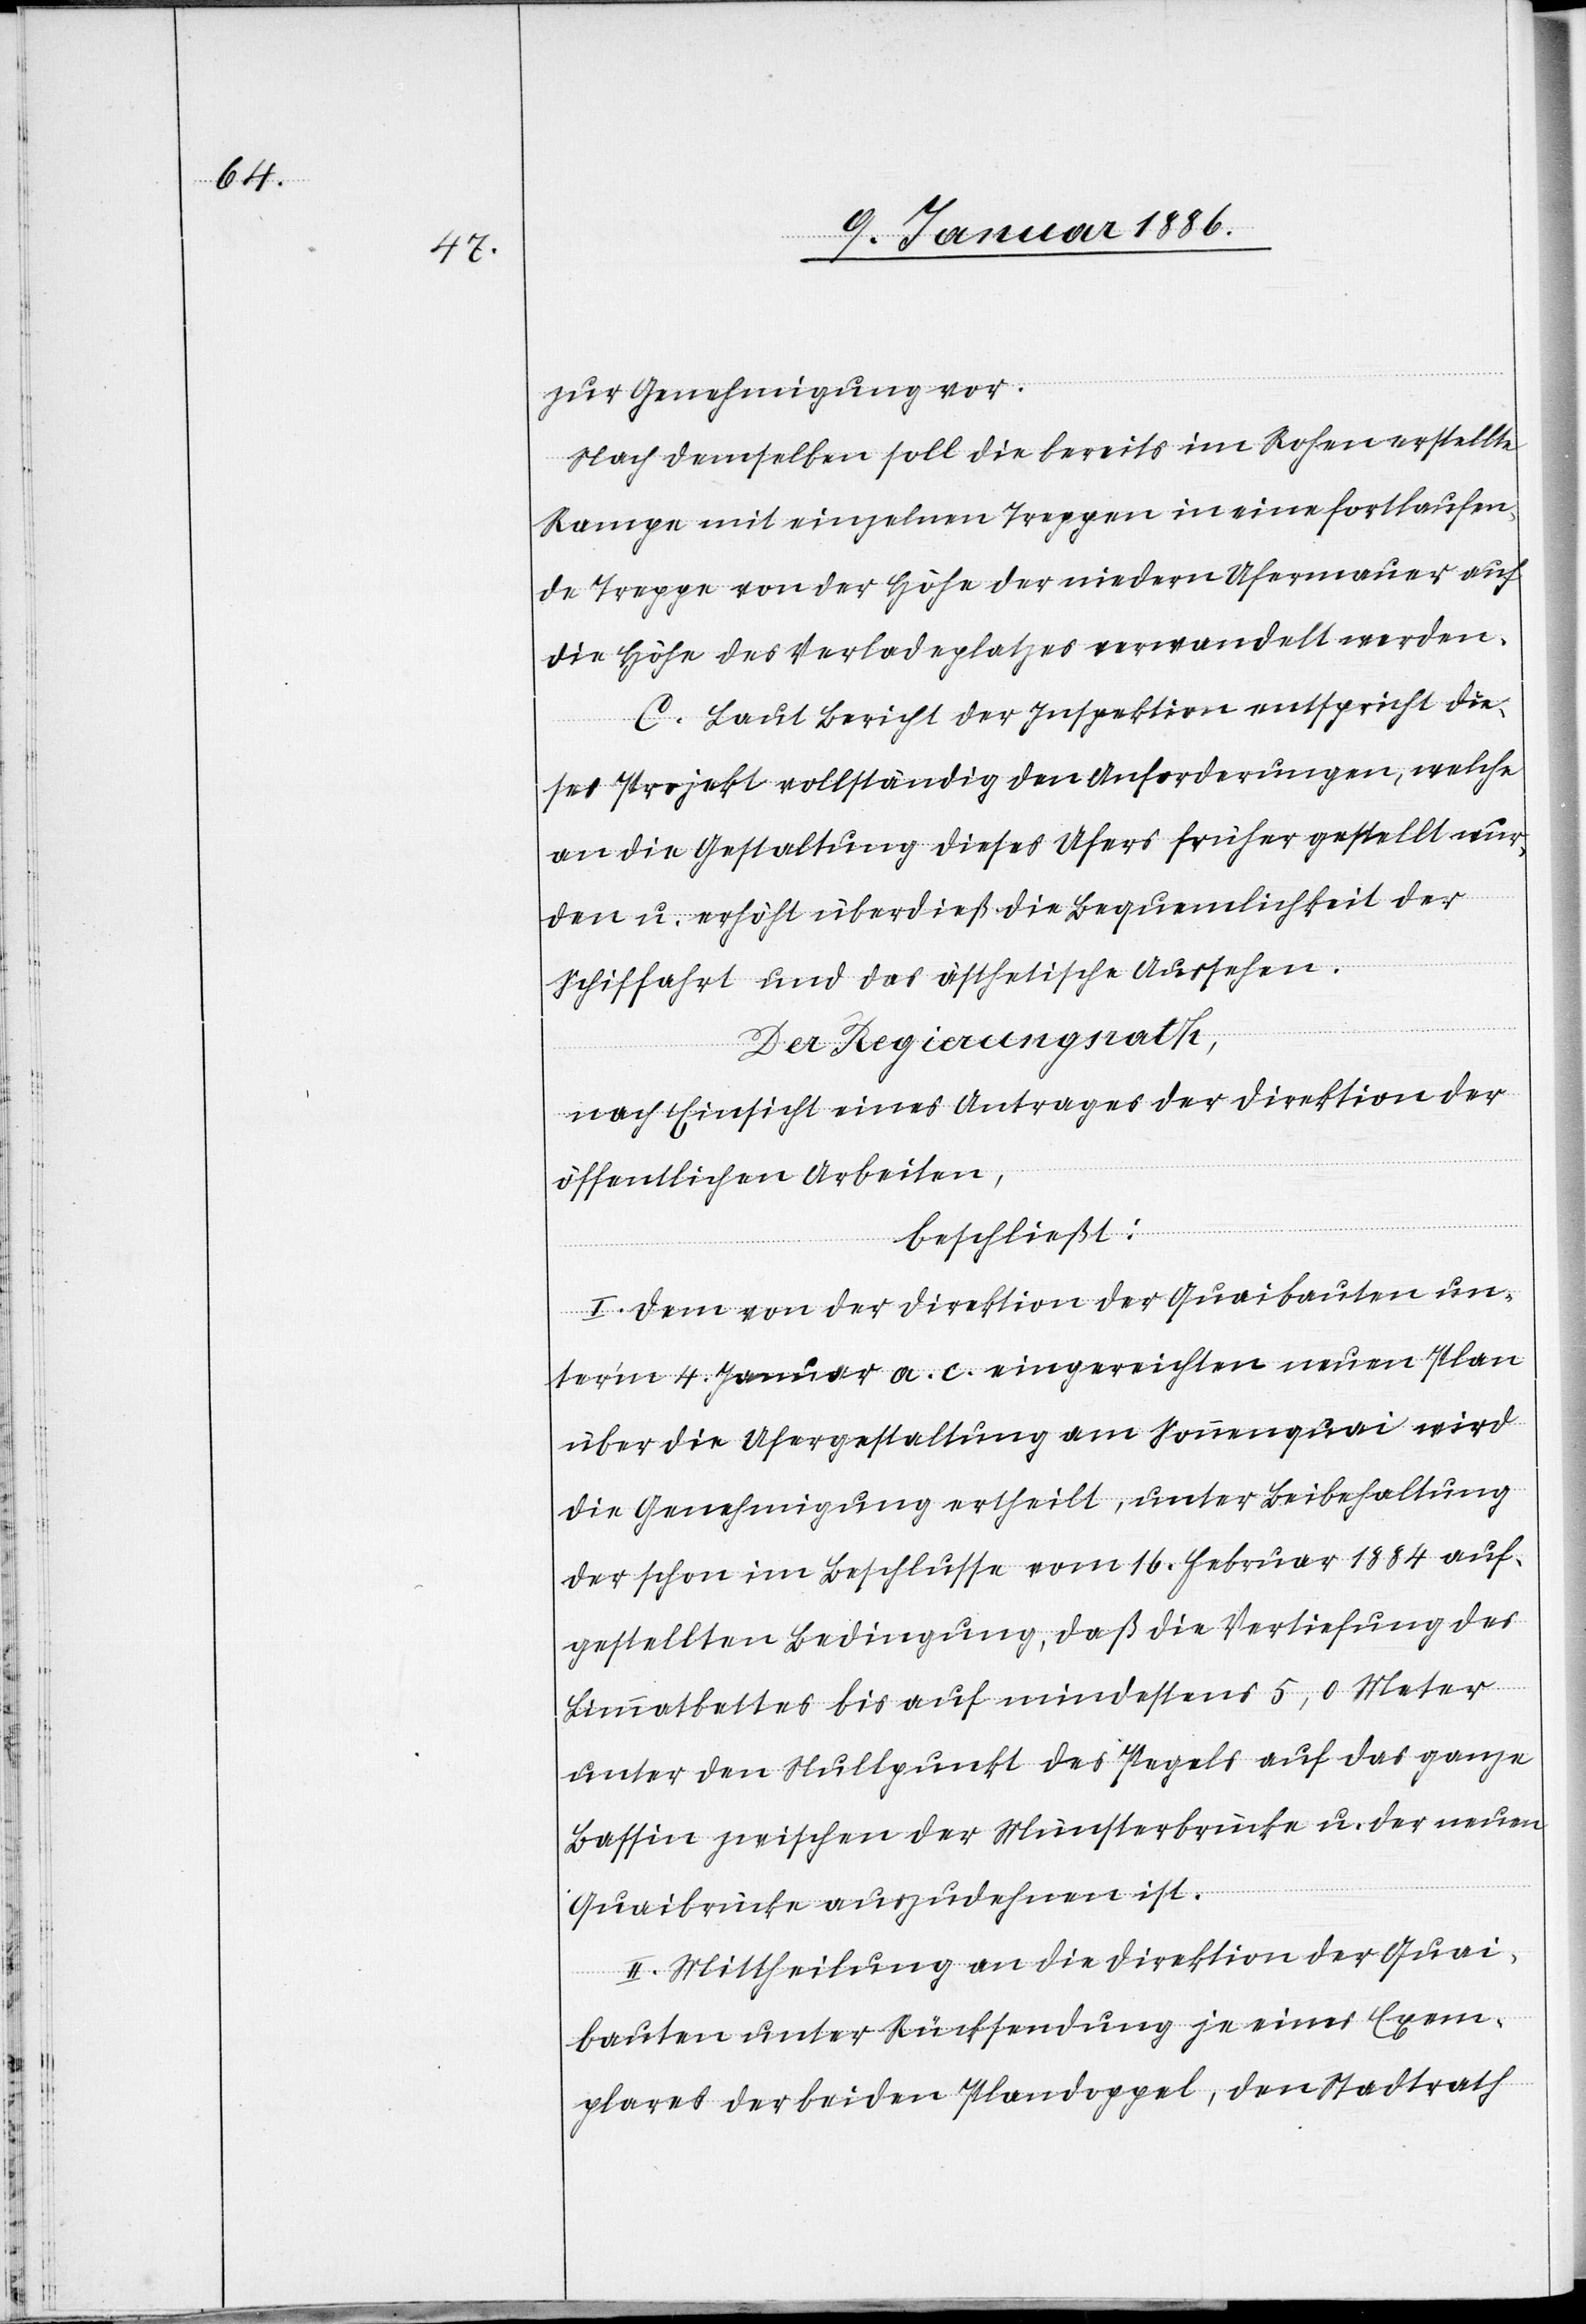
zur Genehmigung vor.
Nach demselben soll die bereits im Rohen erstellte
Rampe mit einzelnen Treppen in eine fortlaufen¬
de Treppe von der Höhe der niedern Ufermauer auf
die Höhe des Verladeplatzes verwandelt werden.
C. Laut Bericht der Inspektion entspricht die¬
ses Projekt vollständig den Anforderungen, welche
an die Gestaltung dieses Ufers früher gestellt wur¬
den u. erhöht überdieß die Bequemlichkeit der
Schifffahrt und das ästhetische Aussehen.
Der Regierungsrath,
nach Einsicht eines Antrages der Direktion der
öffentlichen Arbeiten,
beschließt:
I. Dem von der Direktion der Quaibauten un¬
term 4. Januar a. c. eingereichten neuen Plan
über die Ufergestaltung am Sonnenquai wird
die Genehmigung ertheilt, unter Beibehaltung
der schon im Beschlusse vom 16. Februar 1884 auf¬
gestellten Bedingung, daß die Vertiefung des
Limmatbettes bis auf mindestens 5,0 Meter
unter den Nullpunkt des Pegels auf das ganze
Bassin zwischen der Münsterbrücke u. der neuen
Quaibrücke auszudehnen ist.
II. Mittheilung an die Direktion der Quai¬
bauten unter Rücksendung je eines Exem¬
plars der beiden Plandoppel, den Stadtrath